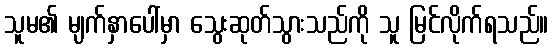
သူမ၏ မျက်နှာပေါ်မှာ သွေးဆုတ်သွားသည်ကို သူ မြင်လိုက်ရသည်။